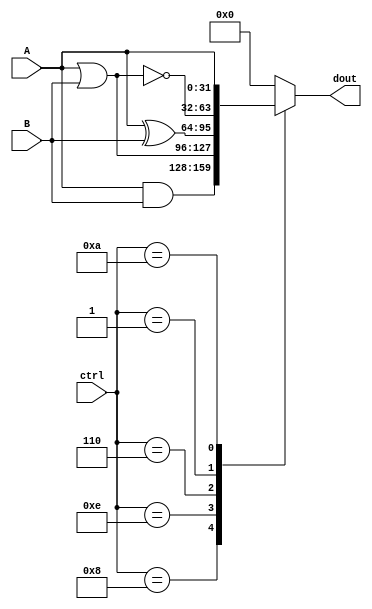
module logicer(
    output reg [31:0] dout,
    input [31:0] A,
    input [31:0] B,
    input [3:0] ctrl
);

always @(*) begin
    case (ctrl)
        4'b1000:  // AND: S = A & B.
            dout = A & B;
        4'b1110:  // OR: S = A | B.
            dout = A | B;
        4'b0110:  // XOR: S = A ^ B.
            dout = A ^ B;
        4'b0001:  // NOR: S = ~(A | B).
            dout = ~(A | B);
        4'b1010:  // "A": S = A.
            dout = A;
        default:
            dout = 0;
    endcase
end

endmodule